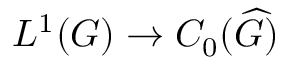
L ^ { 1 } ( G ) \to C _ { 0 } ( { \widehat { G } } )